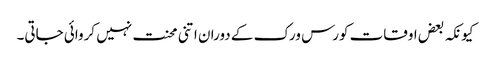
کیونکہ بعض اوقات کورس ورک کے دوران اتنی محنت نہیں کروائی جاتی۔